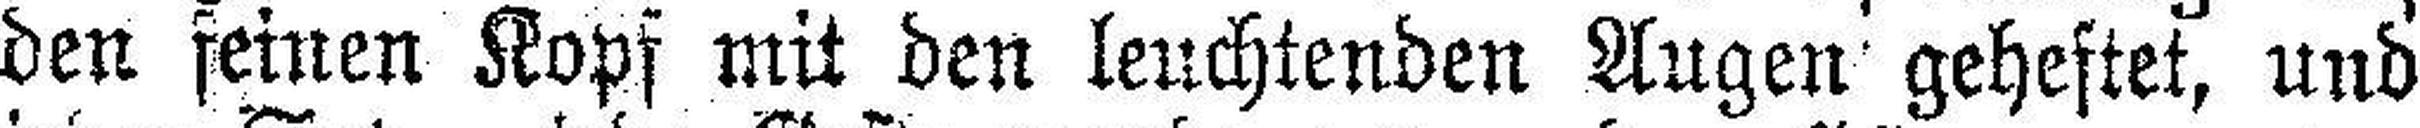
den feinen Kopf mit den leuchtenden Augen geheftet, und